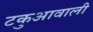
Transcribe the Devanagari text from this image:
टकुआवाली